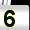
Digit: 5